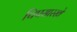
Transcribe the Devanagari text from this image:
चिपसारखे